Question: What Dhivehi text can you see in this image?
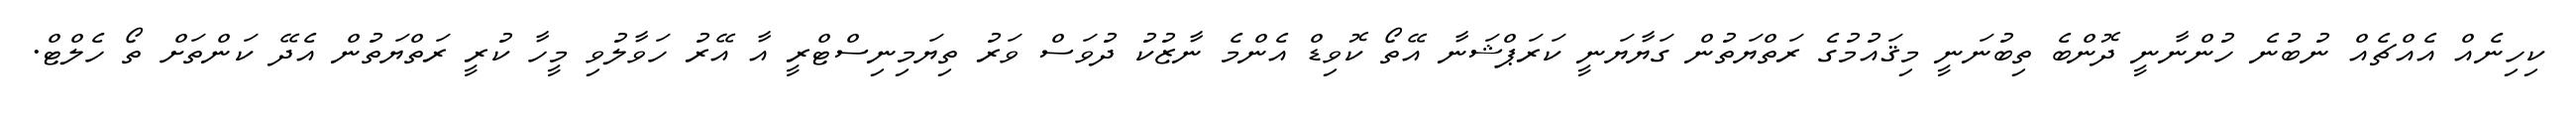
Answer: ކިހިނެއް އެއްޗެއް ނުބުނެ ހުންނާނީ ދޮންބެ ތިބުނަނީ މިޤައުމުގެ ރަތްޔަތުން ގަޔާޔަނީ ކަރަޕްޝަނާ އޭތޯ ކޮވިޑް އެންމެ ނާޒުކު ދުވަސް ވަރު ތިޔަމިނިސްޓްރީ އާ އޭރު ހަވާލުވި މީހާ ކުރީ ރަތްޔަތުން އެދޭ ކަންތަށް ތޯ ހެލްޓް.